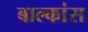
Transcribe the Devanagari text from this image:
बाल्कांस